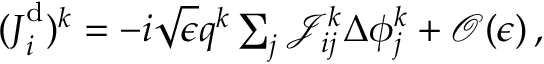
\begin{array} { r } { ( \boldsymbol { J } _ { i } ^ { \mathrm { d } } ) ^ { k } = - i \sqrt { \epsilon } \boldsymbol { q } ^ { k } \sum _ { j } \mathcal { J } _ { i j } ^ { k } \Delta { \phi } _ { j } ^ { k } + \mathcal { O } ( \epsilon ) \, , } \end{array}